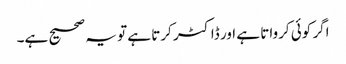
اگر کوئی کرواتا ہے اور ڈاکٹر کرتا ہے تو یہ صحیح ہے۔